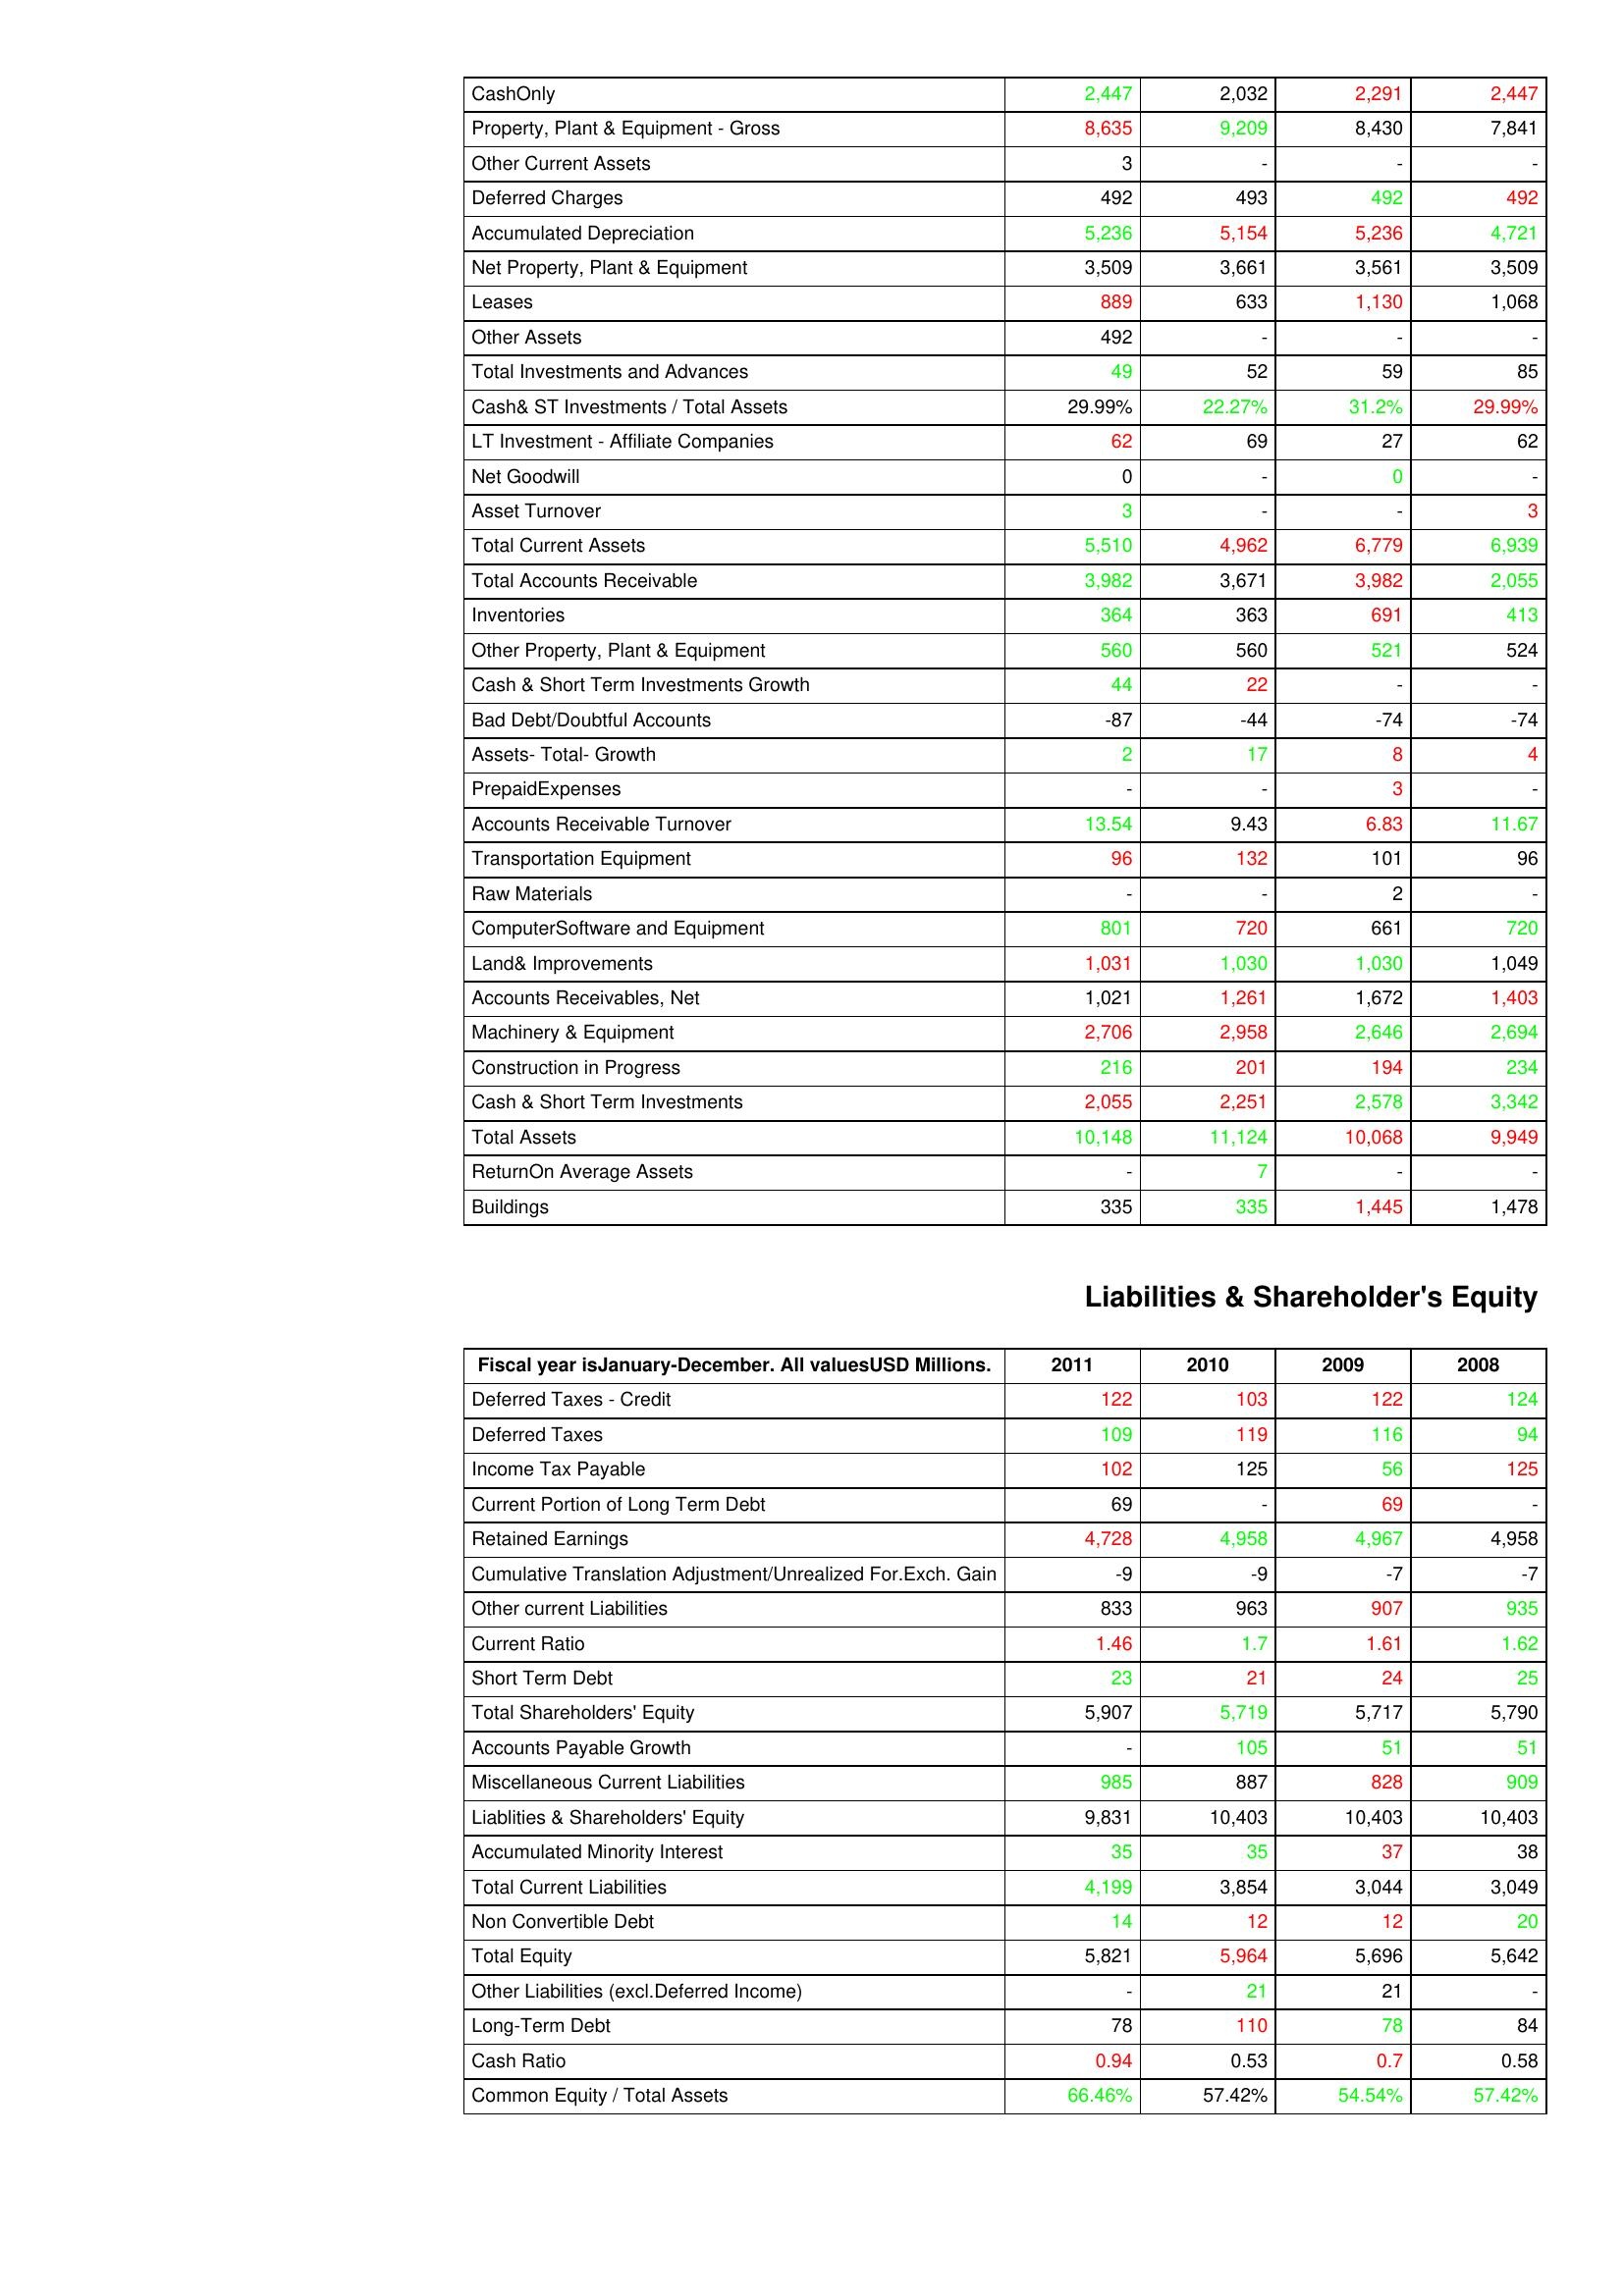
gt_parse: 2011: Assets: CashOnly: 2,447
Property, Plant & Equipment - Gross : 8,635
Other Current Assets: 3
Deferred Charges: 492
Accumulated Depreciation: 5,236
Net Property, Plant & Equipment: 3,509
Leases: 889
Other Assets: 492
Total Investments and Advances: 49
Cash& ST Investments / Total Assets: 29.99%
LT Investment - Affiliate Companies: 62
Net Goodwill: 0
Asset Turnover: 3
Total Current Assets: 5,510
Total Accounts Receivable: 3,982
Inventories: 364
Other Property, Plant & Equipment: 560
Cash & Short Term Investments Growth: 44
Bad Debt/Doubtful Accounts: -87
Assets- Total- Growth: 2
PrepaidExpenses: -
Accounts Receivable Turnover: 13.54
Transportation Equipment: 96
Raw Materials: -
ComputerSoftware and Equipment: 801
Land& Improvements: 1,031
Accounts Receivables, Net: 1,021
Machinery & Equipment: 2,706
Construction in Progress: 216
Cash & Short Term Investments: 2,055
Total Assets: 10,148
ReturnOn Average Assets: -
Buildings: 335
Liabilities & Shareholder's Equity: Deferred Taxes - Credit: 122
Deferred Taxes: 109
Income Tax Payable: 102
Current Portion of Long Term Debt: 69
Retained Earnings: 4,728
Cumulative Translation Adjustment/Unrealized For.Exch. Gain: -9
Other current Liabilities: 833
Current Ratio: 1.46
Short Term Debt: 23
Total Shareholders' Equity: 5,907
Accounts Payable Growth: -
Miscellaneous Current Liabilities: 985
Liablities & Shareholders' Equity: 9,831
Accumulated Minority Interest: 35
Total Current Liabilities: 4,199
Non Convertible Debt: 14
Total Equity: 5,821
Other Liabilities (excl.Deferred Income): -
Long-Term Debt: 78
Cash Ratio: 0.94
Common Equity / Total Assets: 66.46%
2010: Assets: CashOnly: 2,032
Property, Plant & Equipment - Gross : 9,209
Other Current Assets: -
Deferred Charges: 493
Accumulated Depreciation: 5,154
Net Property, Plant & Equipment: 3,661
Leases: 633
Other Assets: -
Total Investments and Advances: 52
Cash& ST Investments / Total Assets: 22.27%
LT Investment - Affiliate Companies: 69
Net Goodwill: -
Asset Turnover: -
Total Current Assets: 4,962
Total Accounts Receivable: 3,671
Inventories: 363
Other Property, Plant & Equipment: 560
Cash & Short Term Investments Growth: 22
Bad Debt/Doubtful Accounts: -44
Assets- Total- Growth: 17
PrepaidExpenses: -
Accounts Receivable Turnover: 9.43
Transportation Equipment: 132
Raw Materials: -
ComputerSoftware and Equipment: 720
Land& Improvements: 1,030
Accounts Receivables, Net: 1,261
Machinery & Equipment: 2,958
Construction in Progress: 201
Cash & Short Term Investments: 2,251
Total Assets: 11,124
ReturnOn Average Assets: 7
Buildings: 335
Liabilities & Shareholder's Equity: Deferred Taxes - Credit: 103
Deferred Taxes: 119
Income Tax Payable: 125
Current Portion of Long Term Debt: -
Retained Earnings: 4,958
Cumulative Translation Adjustment/Unrealized For.Exch. Gain: -9
Other current Liabilities: 963
Current Ratio: 1.7
Short Term Debt: 21
Total Shareholders' Equity: 5,719
Accounts Payable Growth: 105
Miscellaneous Current Liabilities: 887
Liablities & Shareholders' Equity: 10,403
Accumulated Minority Interest: 35
Total Current Liabilities: 3,854
Non Convertible Debt: 12
Total Equity: 5,964
Other Liabilities (excl.Deferred Income): 21
Long-Term Debt: 110
Cash Ratio: 0.53
Common Equity / Total Assets: 57.42%
2009: Assets: CashOnly: 2,291
Property, Plant & Equipment - Gross : 8,430
Other Current Assets: -
Deferred Charges: 492
Accumulated Depreciation: 5,236
Net Property, Plant & Equipment: 3,561
Leases: 1,130
Other Assets: -
Total Investments and Advances: 59
Cash& ST Investments / Total Assets: 31.2%
LT Investment - Affiliate Companies: 27
Net Goodwill: 0
Asset Turnover: -
Total Current Assets: 6,779
Total Accounts Receivable: 3,982
Inventories: 691
Other Property, Plant & Equipment: 521
Cash & Short Term Investments Growth: -
Bad Debt/Doubtful Accounts: -74
Assets- Total- Growth: 8
PrepaidExpenses: 3
Accounts Receivable Turnover: 6.83
Transportation Equipment: 101
Raw Materials: 2
ComputerSoftware and Equipment: 661
Land& Improvements: 1,030
Accounts Receivables, Net: 1,672
Machinery & Equipment: 2,646
Construction in Progress: 194
Cash & Short Term Investments: 2,578
Total Assets: 10,068
ReturnOn Average Assets: -
Buildings: 1,445
Liabilities & Shareholder's Equity: Deferred Taxes - Credit: 122
Deferred Taxes: 116
Income Tax Payable: 56
Current Portion of Long Term Debt: 69
Retained Earnings: 4,967
Cumulative Translation Adjustment/Unrealized For.Exch. Gain: -7
Other current Liabilities: 907
Current Ratio: 1.61
Short Term Debt: 24
Total Shareholders' Equity: 5,717
Accounts Payable Growth: 51
Miscellaneous Current Liabilities: 828
Liablities & Shareholders' Equity: 10,403
Accumulated Minority Interest: 37
Total Current Liabilities: 3,044
Non Convertible Debt: 12
Total Equity: 5,696
Other Liabilities (excl.Deferred Income): 21
Long-Term Debt: 78
Cash Ratio: 0.7
Common Equity / Total Assets: 54.54%
2008: Assets: CashOnly: 2,447
Property, Plant & Equipment - Gross : 7,841
Other Current Assets: -
Deferred Charges: 492
Accumulated Depreciation: 4,721
Net Property, Plant & Equipment: 3,509
Leases: 1,068
Other Assets: -
Total Investments and Advances: 85
Cash& ST Investments / Total Assets: 29.99%
LT Investment - Affiliate Companies: 62
Net Goodwill: -
Asset Turnover: 3
Total Current Assets: 6,939
Total Accounts Receivable: 2,055
Inventories: 413
Other Property, Plant & Equipment: 524
Cash & Short Term Investments Growth: -
Bad Debt/Doubtful Accounts: -74
Assets- Total- Growth: 4
PrepaidExpenses: -
Accounts Receivable Turnover: 11.67
Transportation Equipment: 96
Raw Materials: -
ComputerSoftware and Equipment: 720
Land& Improvements: 1,049
Accounts Receivables, Net: 1,403
Machinery & Equipment: 2,694
Construction in Progress: 234
Cash & Short Term Investments: 3,342
Total Assets: 9,949
ReturnOn Average Assets: -
Buildings: 1,478
Liabilities & Shareholder's Equity: Deferred Taxes - Credit: 124
Deferred Taxes: 94
Income Tax Payable: 125
Current Portion of Long Term Debt: -
Retained Earnings: 4,958
Cumulative Translation Adjustment/Unrealized For.Exch. Gain: -7
Other current Liabilities: 935
Current Ratio: 1.62
Short Term Debt: 25
Total Shareholders' Equity: 5,790
Accounts Payable Growth: 51
Miscellaneous Current Liabilities: 909
Liablities & Shareholders' Equity: 10,403
Accumulated Minority Interest: 38
Total Current Liabilities: 3,049
Non Convertible Debt: 20
Total Equity: 5,642
Other Liabilities (excl.Deferred Income): -
Long-Term Debt: 84
Cash Ratio: 0.58
Common Equity / Total Assets: 57.42%